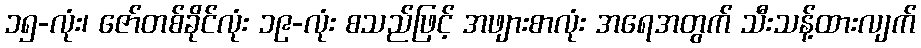
၁၅-လုံး၊ ဇော်တစ်ခိုင်လုံး ၁၉-လုံး စသည်ဖြင့် အဖျားစာလုံး အရေအတွက် သီးသန့်ထားလျက်